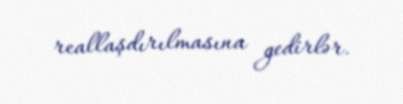
reallaşdırılmasına gedirlər.